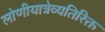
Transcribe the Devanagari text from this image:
लोणीयात्रेव्यतिरिक्त